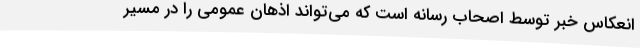
انعکاس خبر توسط اصحاب رسانه است که می‌تواند اذهان عمومی را در مسیر